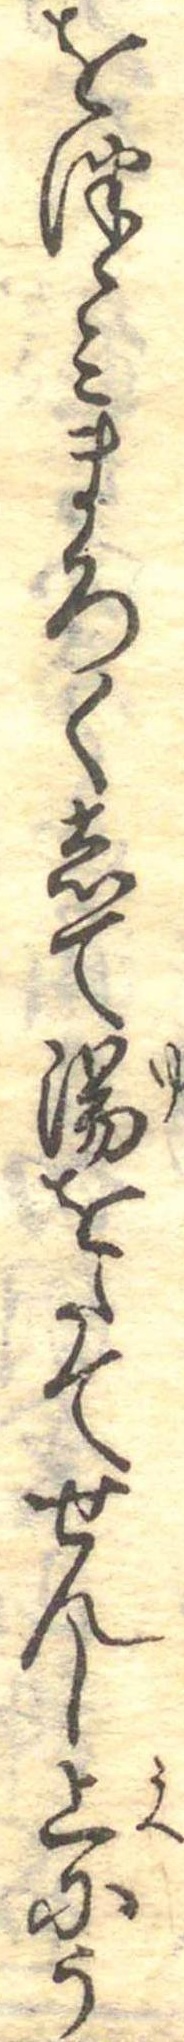
をつゝみまろくして湯をたてせんし上にう